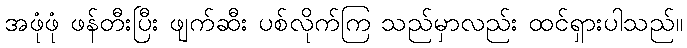
အဖုံဖုံ ဖန်တီးပြီး ဖျက်ဆီး ပစ်လိုက်ကြ သည်မှာလည်း ထင်ရှားပါသည်။